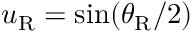
u _ { \mathrm { R } } = \sin ( \theta _ { \mathrm { R } } / 2 )